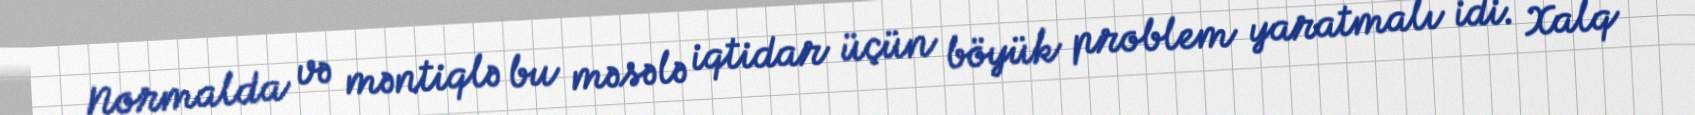
Normalda və məntiqlə bu məsələ iqtidar üçün böyük problem yaratmalı idi. Xalq